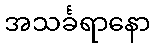
အသင်္ခရာနော